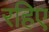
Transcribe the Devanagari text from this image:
रहिए